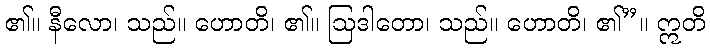
၏။ နီလော၊ သည်။ ဟောတိ၊ ၏။ ဩဒါတော၊ သည်။ ဟောတိ၊ ၏”။ ဣတိ